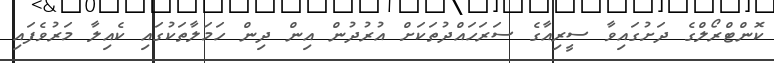
ކޮންޓްރޯލްގެ ދަށުގައިވާ ސީރިއާގެ ސަރަހައްދުތަކަށް އުރުދުން އިން ދިން ހަމަލާތަކުގައި ކެއިލާ މަރުވެފައި